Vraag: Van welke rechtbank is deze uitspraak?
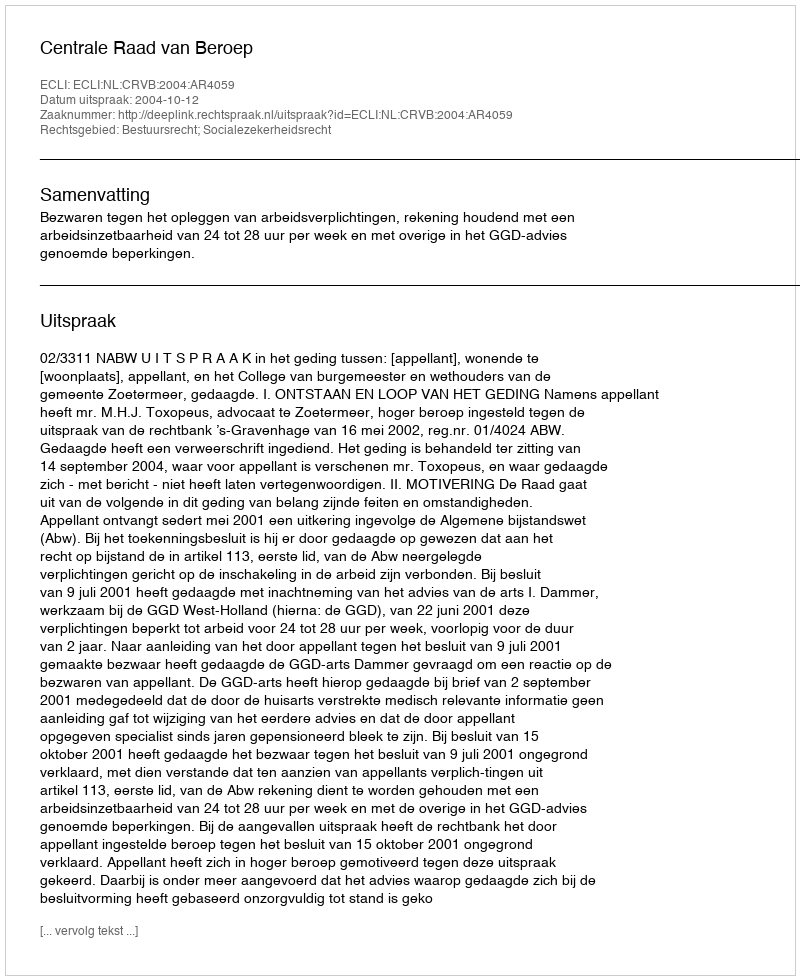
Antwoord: Centrale Raad van Beroep